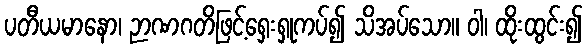
ပတီယမာနော၊ ဉာဏဂတိဖြင့်ရှေးရှုကပ်၍ သိအပ်သော။ ဝါ၊ ထိုးထွင်း၍